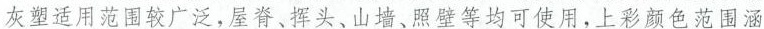
灰塑适用范围较广泛，屋脊、挥头、山墙、照壁等均可使用，上彩颜色范围涵